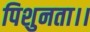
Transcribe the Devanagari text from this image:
पिशुनता।।